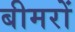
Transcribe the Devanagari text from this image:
बीमरों